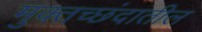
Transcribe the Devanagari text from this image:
मुक्तच्छंदातील